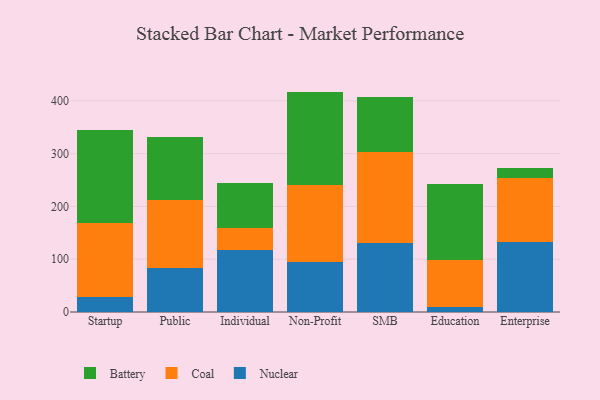
{"axis": {"x": "Segment", "y": "Page Views"}, "legend": ["Battery", "Coal", "Nuclear"], "data": [{"x": "Startup", "y": 28.9, "type": "Nuclear"}, {"x": "Startup", "y": 138.9, "type": "Coal"}, {"x": "Startup", "y": 176.7, "type": "Battery"}, {"x": "Public", "y": 84.2, "type": "Nuclear"}, {"x": "Public", "y": 127.3, "type": "Coal"}, {"x": "Public", "y": 120.5, "type": "Battery"}, {"x": "Individual", "y": 118.2, "type": "Nuclear"}, {"x": "Individual", "y": 40.2, "type": "Coal"}, {"x": "Individual", "y": 86.5, "type": "Battery"}, {"x": "Non-Profit", "y": 95.5, "type": "Nuclear"}, {"x": "Non-Profit", "y": 145.1, "type": "Coal"}, {"x": "Non-Profit", "y": 176.9, "type": "Battery"}, {"x": "SMB", "y": 131.1, "type": "Nuclear"}, {"x": "SMB", "y": 172.6, "type": "Coal"}, {"x": "SMB", "y": 103.1, "type": "Battery"}, {"x": "Education", "y": 9.9, "type": "Nuclear"}, {"x": "Education", "y": 88.3, "type": "Coal"}, {"x": "Education", "y": 143.5, "type": "Battery"}, {"x": "Enterprise", "y": 133.0, "type": "Nuclear"}, {"x": "Enterprise", "y": 119.9, "type": "Coal"}, {"x": "Enterprise", "y": 19.4, "type": "Battery"}]}